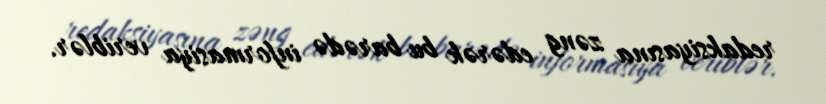
redaksiyasına zəng edərək bu barədə informasiya veriblər.